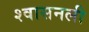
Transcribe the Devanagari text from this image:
श्‍वासनली